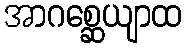
အာဂစ္ဆေယျာထ